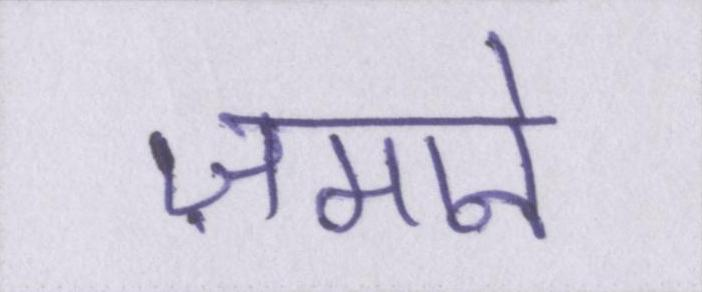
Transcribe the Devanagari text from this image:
ज़माने